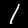
Label: 1